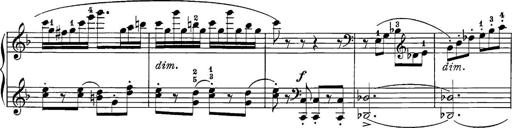
Title: 12 Sonatine per Pianoforte
Composer: Friedrich Kuhlau